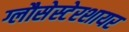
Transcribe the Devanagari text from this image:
ग्लौसेस्टेरशायर